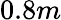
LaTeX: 0.8m